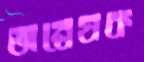
অন্বেষক